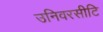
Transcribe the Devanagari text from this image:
उनिवरसीटि